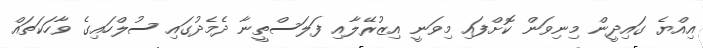
އިއްޔެ ގައިދީން މިނިވަން ކޮށްފައި މިވަނީ އިޒުރޭލާއި ފަލަސްތީނާ ދެމެދުގައި ސުލްހައިގެ ވާހަކަތައް